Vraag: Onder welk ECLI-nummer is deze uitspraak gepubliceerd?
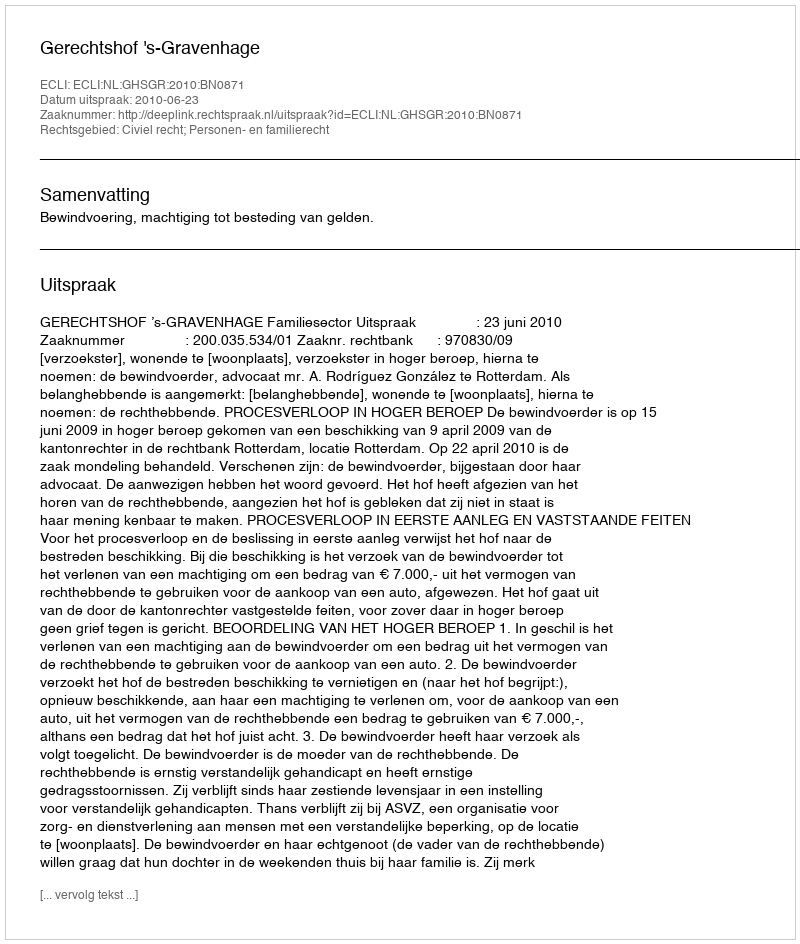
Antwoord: ECLI:NL:GHSGR:2010:BN0871